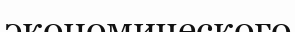
экономического